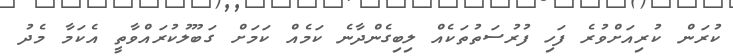
ކުރަން ކުރިއަށްވުރެ ފަހި ފުރުސަތުތަކެއް ލިބިގެންދާނެ ކަމެއް ކަމަށް ގަބޫލުކުރައްވާތީ އެކަމާ މެދު